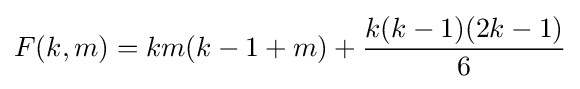
F(k,m)=km(k-1+m)+{\frac {k(k-1)(2k-1)}{6}}